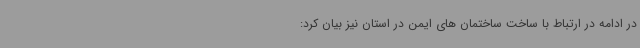
در ادامه در ارتباط با ساخت ساختمان های ایمن در استان نیز بیان کرد: